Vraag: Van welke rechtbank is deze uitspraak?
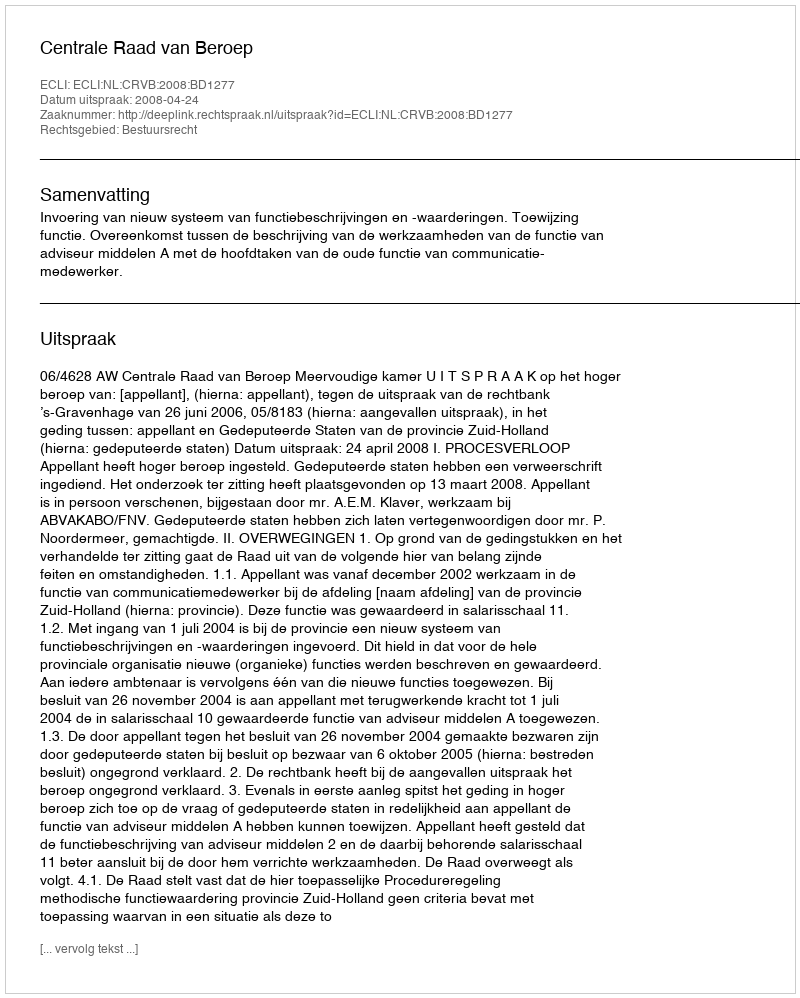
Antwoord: Centrale Raad van Beroep